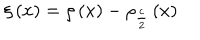
LaTeX: \xi \left( x \right) = \rho \left( x \right) - \rho _ { \frac { c } { 2 } } \left( x \right)